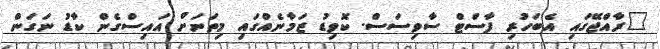
"ރާއްޖޭގައި އެބަހުރި ފާސްޓް ސާވިސަސް. ކޮވިޑު ޒަމާނެއްގައި މިތަނަށް އައިސްގެން ކާޑު ނަގަން